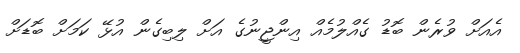
އެއަށް ވުރެން ބޮޑު ގެއްްލުމެއް އިންޖީނުގެ އަށް ލިބިގެން އުޅޭ ކަމަށް ބޮޑަށް